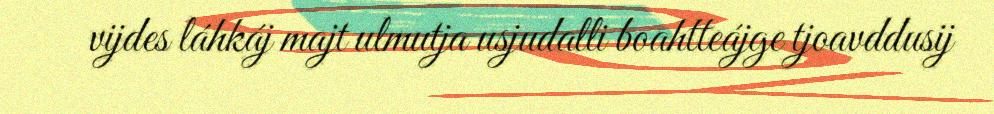
vijdes láhkáj majt ulmutja usjudalli boahtteájge tjoavddusij